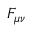
F _ { \mu \nu }